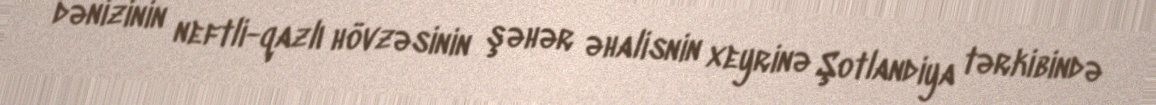
dənizinin neftli-qazlı hövzəsinin şəhər əhalisnin xeyrinə Şotlandiya tərkibində